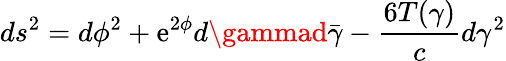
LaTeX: ds^{2}=d\phi^{2}+\mathrm{e}^{2\phi}d\gammad\bar{{\gamma}}-{\frac{{6T(\gamma)}}{{c}}}d\gamma^{2}